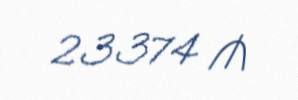
23374 ₼